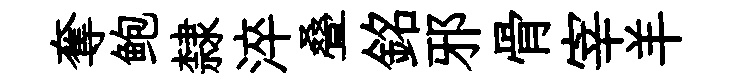
奪鲍隸淬叠銘邪骨宰羊